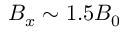
B _ { x } \sim 1 . 5 B _ { 0 }